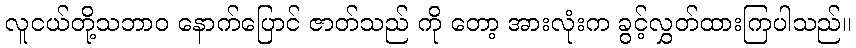
လူငယ်တို့သဘာဝ နောက်ပြောင် ဇာတ်သည် ကို တော့ အားလုံးက ခွင့်လွှတ်ထားကြပါသည်။